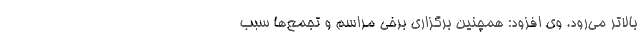
بالاتر می‌رود. وی افزود: همچنین برگزاری برخی مراسم و تجمع‌ها سبب